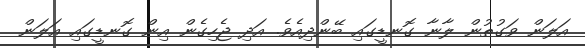
އަލަން ވަގުތުން ލާނާ ގޮނޑީގައި ބޭންދިއެވެ. އަދި ޖެހިގެން އިން ގޮނޑީގައި އަލަން